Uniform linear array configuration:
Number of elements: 8
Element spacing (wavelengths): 0.75
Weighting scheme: hamming
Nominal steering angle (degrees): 45
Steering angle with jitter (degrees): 44.809
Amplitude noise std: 0.05
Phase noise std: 0.05

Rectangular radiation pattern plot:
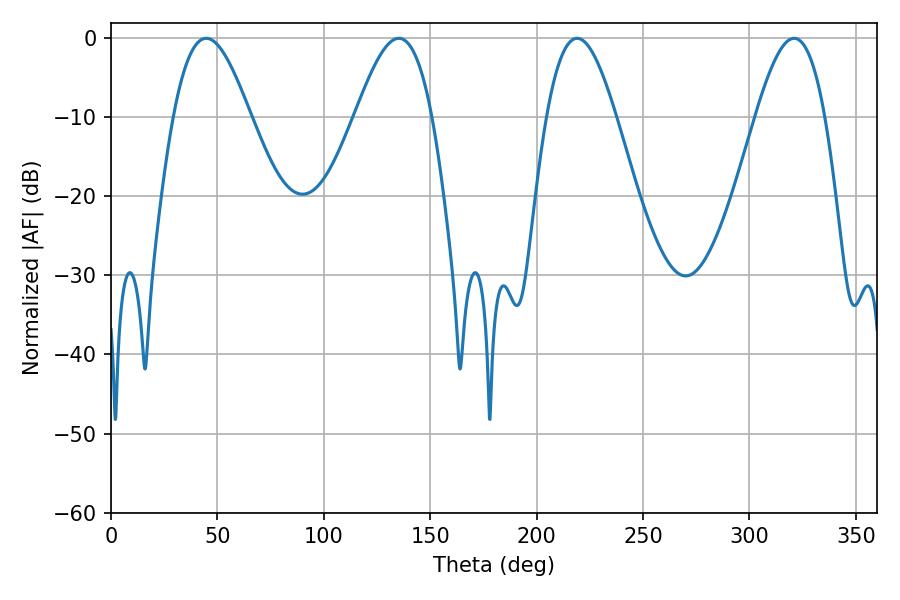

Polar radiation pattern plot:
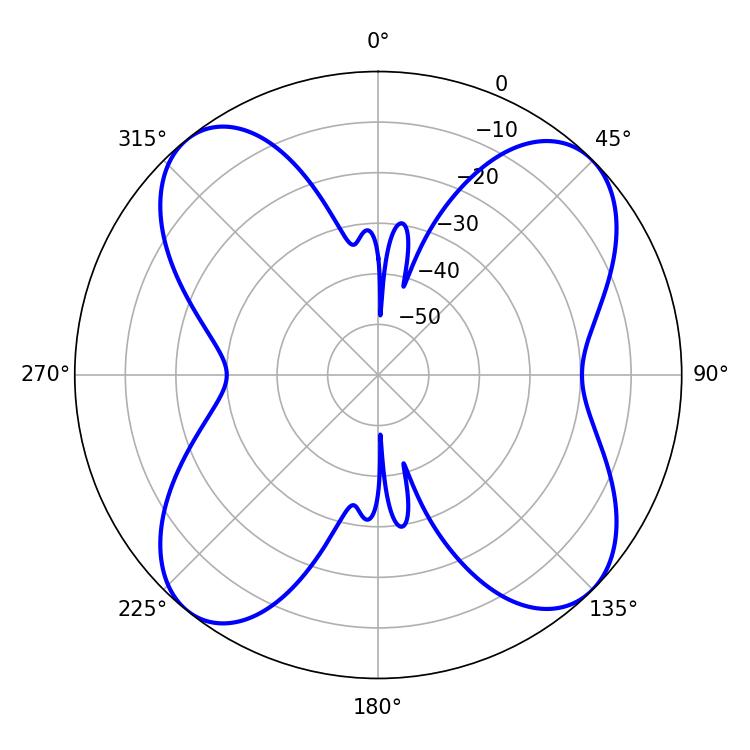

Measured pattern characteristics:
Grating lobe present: TRUE
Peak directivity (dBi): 12.608
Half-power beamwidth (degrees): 17.64
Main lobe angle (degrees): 219.06